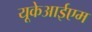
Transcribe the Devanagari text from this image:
यूकेआईएम